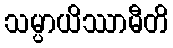
သမ္ပာယိဿာမီတိ